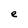
Character: e